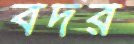
বদর